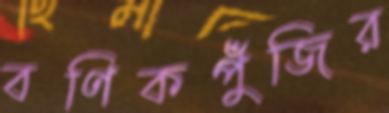
বণিকপুঁজির